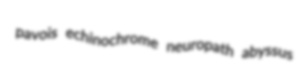
pavois echinochrome neuropath abyssus